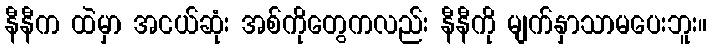
နီနီက ထဲမှာ အငယ်ဆုံး အစ်ကိုတွေကလည်း နီနီကို မျက်နှာသာမပေးဘူး။